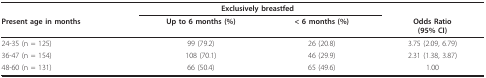
<table><thead><tr><td></td><td colspan="2"><b>Exclusively breastfed</b></td><td></td></tr><tr><td><b>Present age in months</b></td><td><b>Up to 6 months (%)</b></td><td><b>&lt; 6 months (%)</b></td><td><b>Odds Ratio(95% CI)</b></td></tr></thead><tbody><tr><td>24-35 (n = 125)</td><td>99 (79.2)</td><td>26 (20.8)</td><td>3.75 (2.09, 6.79)</td></tr><tr><td>36-47 (n = 154)</td><td>108 (70.1)</td><td>46 (29.9)</td><td>2.31 (1.38, 3.87)</td></tr><tr><td>48-60 (n = 131)</td><td>66 (50.4)</td><td>65 (49.6)</td><td>1.00</td></tr></tbody></table>